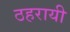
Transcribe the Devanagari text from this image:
ठहरायी